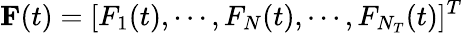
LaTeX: {\mathbf F}(t)=[F_{1}(t),\cdots,F_{N}(t),\cdots,F_{N_{T}}(t)]^{T}